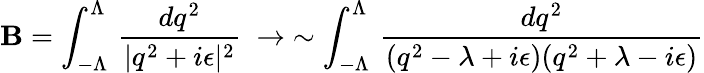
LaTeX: \mathbf{B}=\int_{-\Lambda}^{\Lambda}\, {\frac{{dq^{2}}}{{|q^{2}+i\epsilon|^{2}}}}\; \to\; \sim\int_{-\Lambda}^{\Lambda}\, {\frac{{dq^{2}}}{{(q^{2}-\lambda+i\epsilon)(q^{2}+\lambda-i\epsilon)}}}